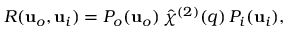
R ( \mathbf { u } _ { o } , \mathbf { u } _ { i } ) = P _ { o } ( \mathbf { u } _ { o } ) \, \hat { \chi } ^ { ( 2 ) } ( \v q ) \, P _ { i } ( \mathbf { u } _ { i } ) ,